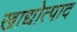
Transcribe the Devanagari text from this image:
खाद्योत्पाद